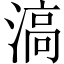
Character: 滈